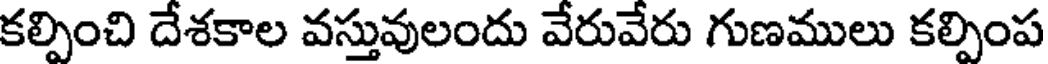
కల్పించి దేశకాల వస్తువులందు వేరువేరు గుణములు కల్పింప